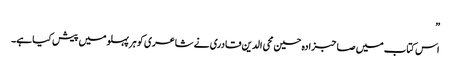
”
اس کتاب میں صاحبزادہ حسین محی الدین قادری نے شاعری کو ہر پہلو میں پیش کیا ہے۔